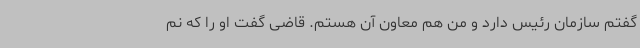
گفتم سازمان رئیس دارد و من هم معاون آن هستم. قاضی گفت او را که نم